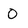
Character: 0